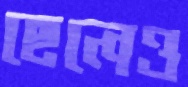
ছেলেও